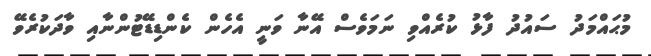
މުޙައްމަދު ސައުދު ފާޅު ކުރެއްވި ނަމަވެސް އޭނާ ވަނީ އެހެން ކެންޑިޑޭޓުންނާއި ވާދަކުރެވޭ